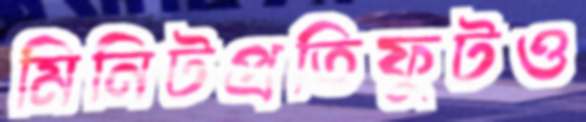
মিনিটপ্রতিফুটও